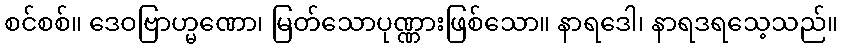
စင်စစ်။ ဒေဝဗြာဟ္မဏော၊ မြတ်သောပုဏ္ဏားဖြစ်သော။ နာရဒေါ၊ နာရဒရသေ့သည်။